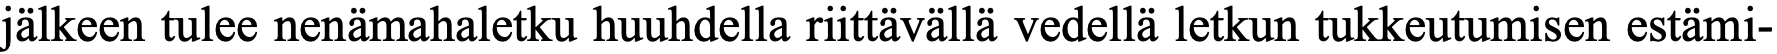
jälkeen tulee nenämahaletku huuhdella riittävällä vedellä letkun tukkeutumisen estämi-